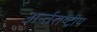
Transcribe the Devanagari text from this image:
अर्न्‍तराष्‍ट्रीय